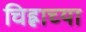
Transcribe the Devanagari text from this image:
चिह्नाच्या